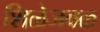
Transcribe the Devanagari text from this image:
शिळेजवळ